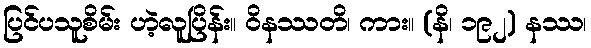
ပြင်ပသူစိမ်း ဟဲ့လူပြိန်း။ ဝိနဿတိ၊ ကား။ (နိ၊ ၁၉၂) နဿ၊